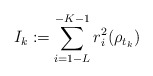
\begin{align*}I_k:=\sum_{i=1-L}^{-K-1}r_i^2(\rho_{t_k})\end{align*}